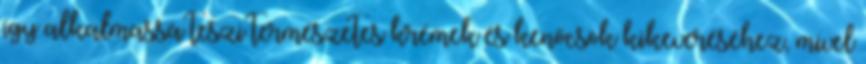
így alkalmassá teszi természetes krémek és kenőcsök kikeveréséhez, mivel